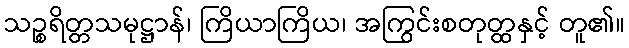
သဉ္စရိတ္တသမုဋ္ဌာန်၊ ကြိယာကြိယ၊ အကြွင်းစတုတ္ထနှင့် တူ၏။